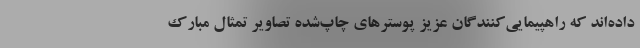
داده‌اند که راهپیمایی‌کنندگان عزیز پوسترهای چاپ‌شده تصاویر تمثال مبارک